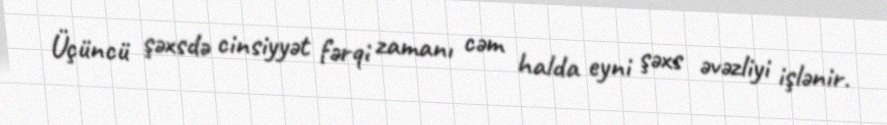
Üçüncü şəxsdə cinsiyyət fərqi zamanı cəm halda eyni şəxs əvəzliyi işlənir.